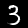
Label: 3